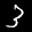
Label: 3